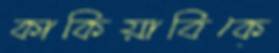
কাকিয়াবিকে